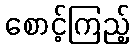
စောင့်ကြည့်